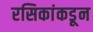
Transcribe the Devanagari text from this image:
रसिकांकडून